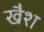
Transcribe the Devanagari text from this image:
खैश